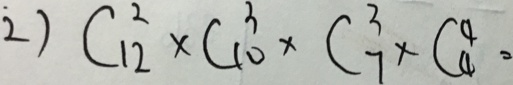
2 ) C ^ { 2 } _ { 1 2 } \times C ^ { 3 } _ { 1 0 } \times C ^ { 3 } _ { 7 } \times C ^ { 4 } _ { 4 } =